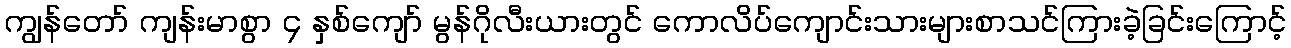
ကျွန်တော် ကျန်းမာစွာ ၄ နှစ်ကျော် မွန်ဂိုလီးယားတွင် ကောလိပ်ကျောင်းသားများစာသင်ကြားခဲ့ခြင်းကြောင့်